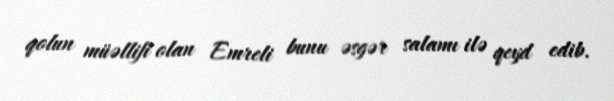
qolun müəllifi olan Emreli bunu əsgər salamı ilə qeyd edib.